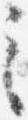
之